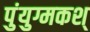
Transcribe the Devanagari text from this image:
पुंयुग्मकश्